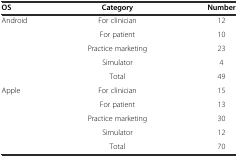
<table><thead><tr><td><b>OS</b></td><td><b>Category</b></td><td><b>Number</b></td></tr></thead><tbody><tr><td rowspan="5">Android</td><td>For clinician</td><td>12</td></tr><tr><td>For patient</td><td>10</td></tr><tr><td>Practice marketing</td><td>23</td></tr><tr><td>Simulator</td><td>4</td></tr><tr><td>Total</td><td>49</td></tr><tr><td rowspan="5">Apple</td><td>For clinician</td><td>15</td></tr><tr><td>For patient</td><td>13</td></tr><tr><td>Practice marketing</td><td>30</td></tr><tr><td>Simulator</td><td>12</td></tr><tr><td>Total</td><td>70</td></tr></tbody></table>